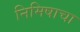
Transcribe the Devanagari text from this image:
निमिषाचा